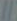
//